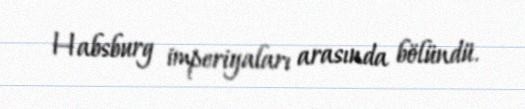
Habsburg imperiyaları arasında bölündü.